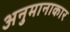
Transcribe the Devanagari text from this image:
अनुमानाकार